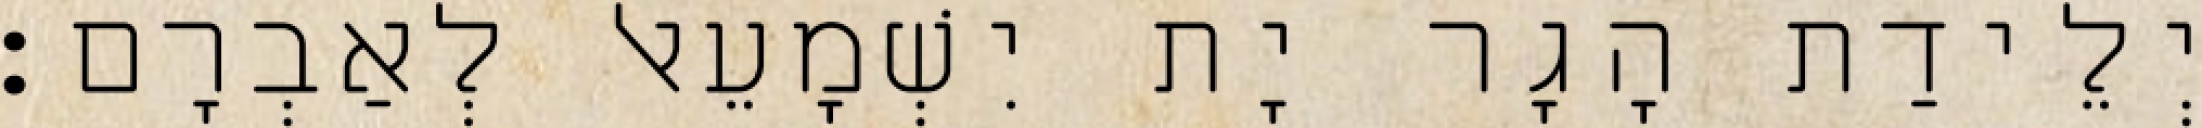
יְלֵידַת הָגָר יָת יִשְׁמָעֵאל לְאַבְרָם׃